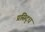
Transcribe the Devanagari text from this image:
प्रसिद्‍ध